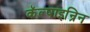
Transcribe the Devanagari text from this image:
कॅल्षाइन्रिन